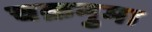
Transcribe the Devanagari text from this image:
चक्रनुमा